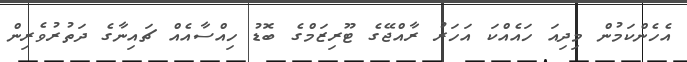
އެހެންކަމުން މިދިއަ ހައެއްކަ އަހަރު ރާއްޖޭގެ ޓޫރިޒަމްގެ ބޮޑު ހިއްސާއެއް ޗައިނާގެ ދަތުރުވެރިން